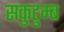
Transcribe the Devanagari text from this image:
सकुटुम्ब